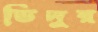
ভিদুর